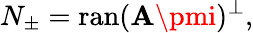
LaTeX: N_{\pm}=\operatorname{ran}(\mathbf{A}\pmi)^{\perp},